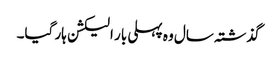
گذشتہ سال وہ پہلی بار الیکشن ہار گیا۔